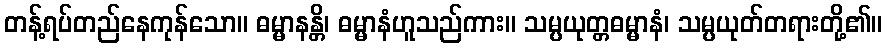
တန့်ရပ်တည်နေကုန်သော။ ဓမ္မာနန္တိ၊ ဓမ္မာနံဟူသည်ကား။ သမ္ပယုတ္တဓမ္မာနံ၊ သမ္ပယုတ်တရားတို့၏။